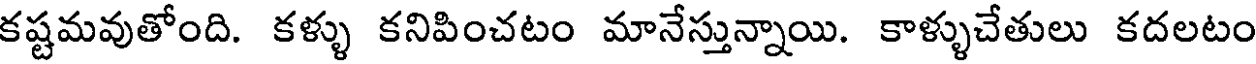
కష్టమవుతోంది. కళ్ళు కనిపించటం మానేస్తున్నాయి. కాళ్ళుచేతులు కదలటం